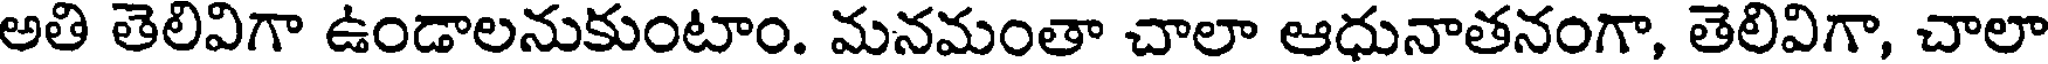
అతి తెలివిగా ఉండాలనుకుంటాం. మనమంతా చాలా ఆధునాతనంగా, తెలివిగా, చాలా